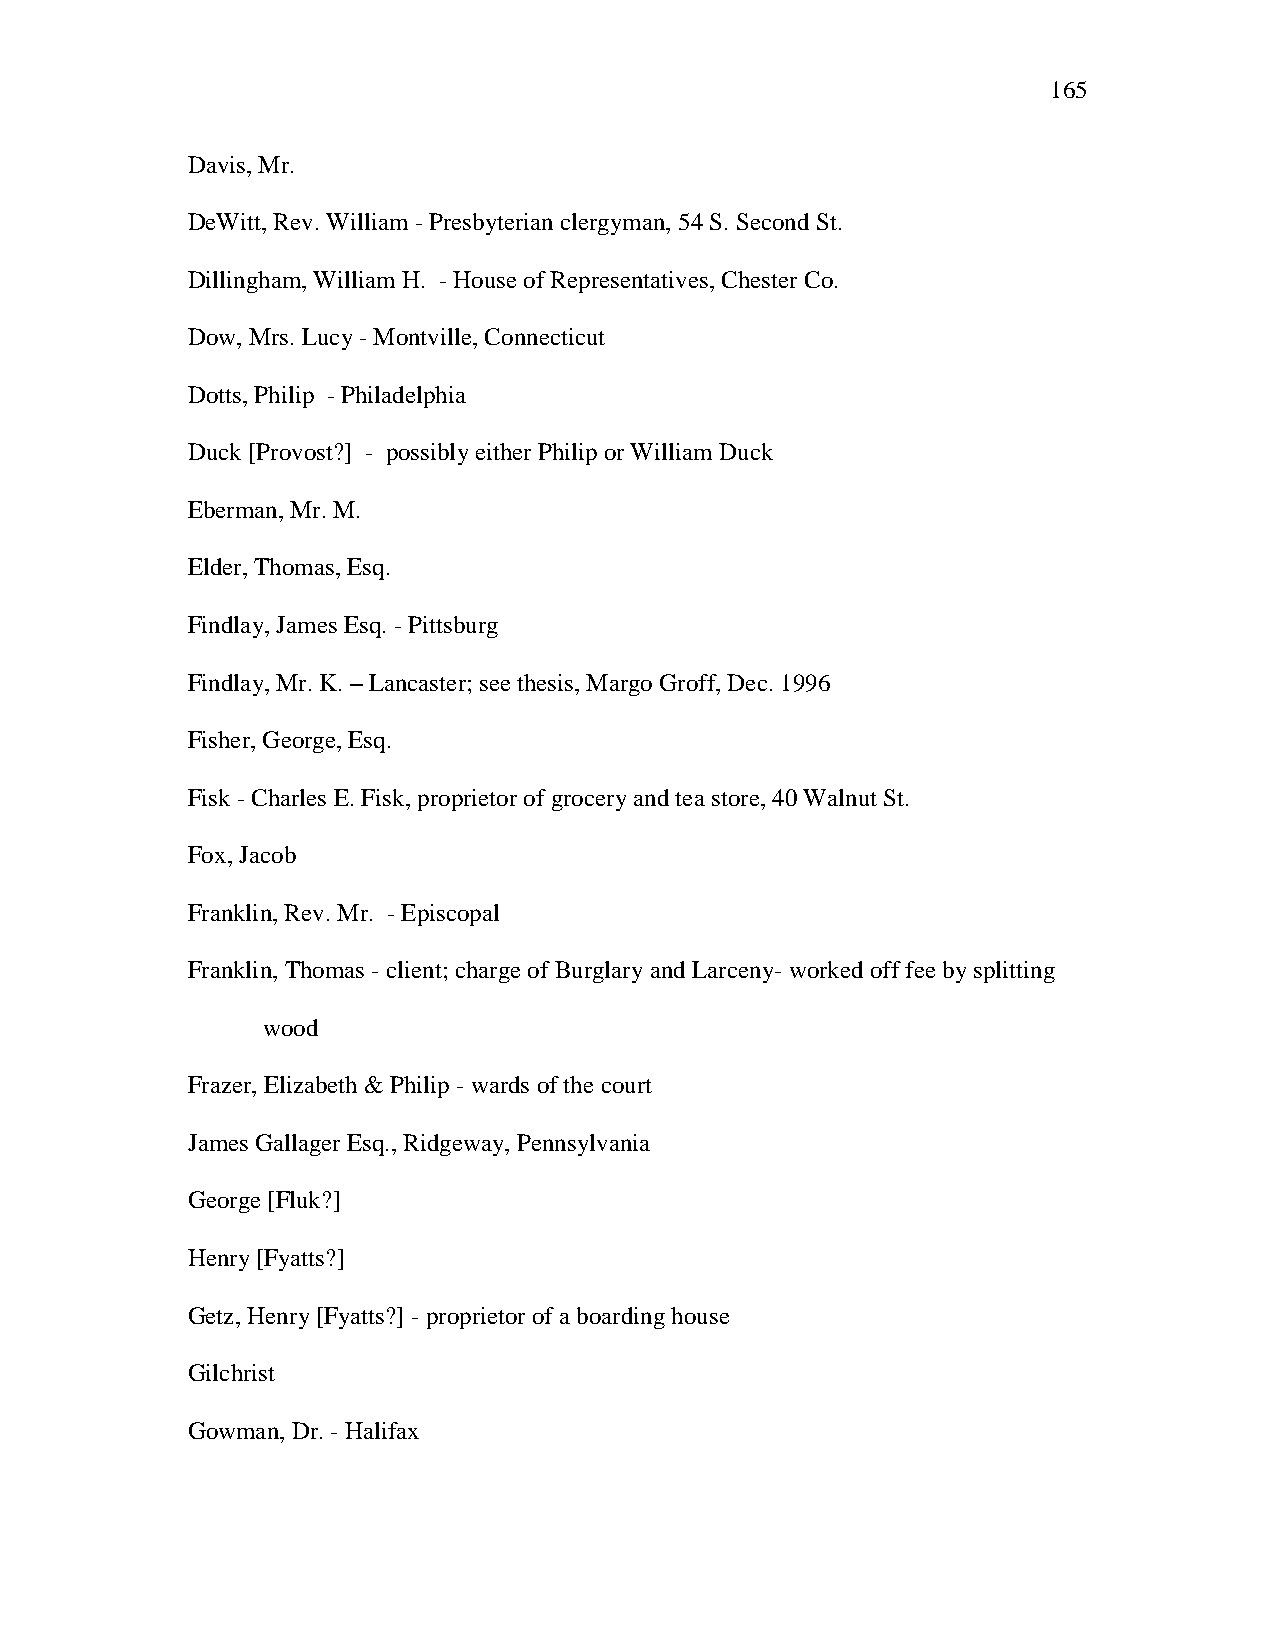
165
 Davis, Mr.
 DeWitt, Rev. William - Presbyterian clergyman, 54 S. Second St.
 Dillingham, William H. - House of Representatives, Chester Co.
 Dow, Mrs. Lucy - Montville, Connecticut
 Dotts, Philip - Philadelphia
 Duck [Provost?] - possibly either Philip or William Duck
 Eberman, Mr. M.
 Elder, Thomas, Esq.
 Findlay, James Esq. - Pittsburg
 Findlay, Mr. K. – Lancaster; see thesis, Margo Groff, Dec. 1996
 Fisher, George, Esq.
 Fisk - Charles E. Fisk, proprietor of grocery and tea store, 40 Walnut St.
 Fox, Jacob
 Franklin, Rev. Mr. - Episcopal
 Franklin, Thomas - client; charge of Burglary and Larceny- worked off fee by splitting
 wood
 Frazer, Elizabeth & Philip - wards of the court
 James Gallager Esq., Ridgeway, Pennsylvania
 George [Fluk?]
 Henry [Fyatts?]
 Getz, Henry [Fyatts?] - proprietor of a boarding house
 Gilchrist
 Gowman, Dr. - Halifax